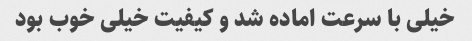
خیلی با سرعت اماده شد و کیفیت خیلی خوب بود